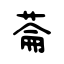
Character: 菕